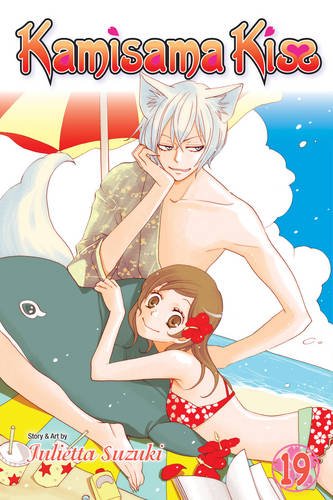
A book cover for Kamisama Kiss, Vol. 19; Julietta Suzuki; Comics & Graphic Novels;